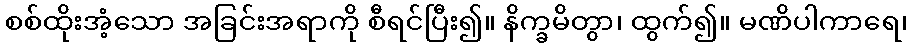
စစ်ထိုးအံ့သော အခြင်းအရာကို စီရင်ပြီး၍။ နိက္ခမိတွာ၊ ထွက်၍။ မဏိပါကာရေ၊